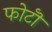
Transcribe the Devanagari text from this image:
फोटॊ